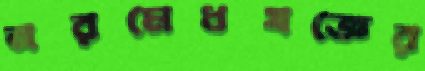
নরমেধযজ্ঞের